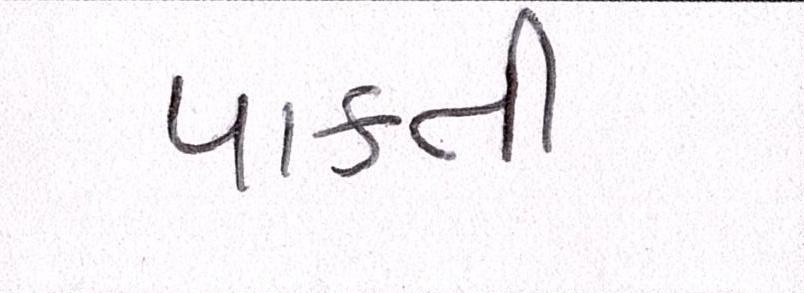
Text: પાકતી